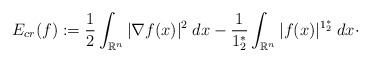
LaTeX: \begin{align*}E_{cr}(f) := \frac{1}{2} \int_{\mathbb{R}^{n}} |\nabla f(x)|^{2} \; dx - \frac{1}{1_{2}^{*}} \int_{\mathbb{R}^{n}} |f(x)|^{1_{2}^{*}} \; dx \cdot\end{align*}